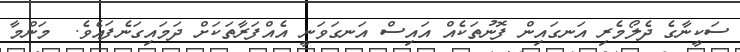
ސަކީނާގެ ދެލޯމެރި އަނގައިން ފޮނުތަކެއް އައިސް އަނގަވަނީ އެއްފަރާތަކަށް ދަމައިގަނެފައެވެ.  މަންމާ